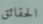
الحقائق